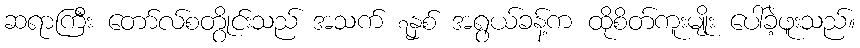
ဆရာကြီး တော်လ်စတွိုင်းသည် အသက် ၇နှစ် အရွယ်ခန့်က ထိုစိတ်ကူးမျိုး ပေါ်ခဲ့ဖူးသည်။